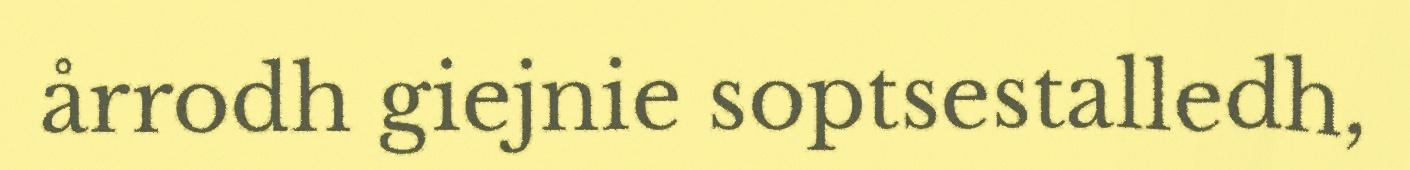
årrodh giejnie soptsestalledh,